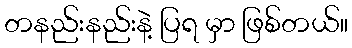
တနည်းနည်းနဲ့ ပြရ မှာ ဖြစ်တယ်။